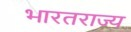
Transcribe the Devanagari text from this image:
भारतराज्य